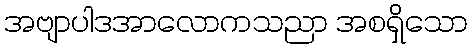
အဗျာပါဒအာလောကသညာ အစရှိသော